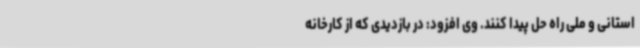
استانی و ملی راه حل پیدا کنند. وی افزود: در بازدیدی که از کارخانه